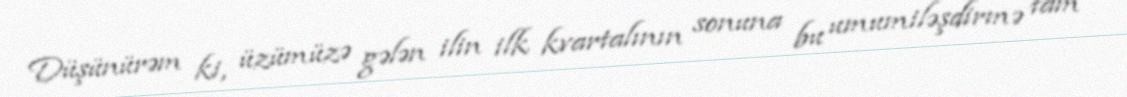
Düşünürəm ki, üzümüzə gələn ilin ilk kvartalının sonuna bu umumiləşdirmə tam